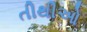
તીથીઓ